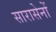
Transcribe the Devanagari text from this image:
सारासेनों